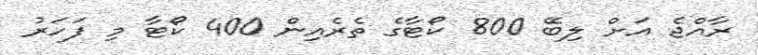
ރާއްޖެ އަށް ލިބޭ 800 ކޯޓާގެ ތެރެއިން 400 ކޯޓާ މި ފަހަރު